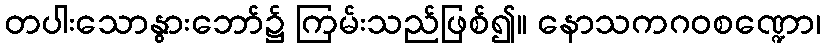
တပါးသောနွားဘော်၌ ကြမ်းသည်ဖြစ်၍။ နောသကဂဝစဏ္ဍော၊